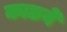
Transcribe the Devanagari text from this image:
काछवे